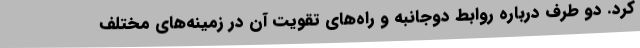
کرد. دو طرف درباره روابط دوجانبه و راه‌های تقویت آن در زمینه‌های مختلف